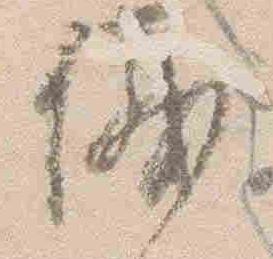
儀